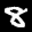
Label: 8